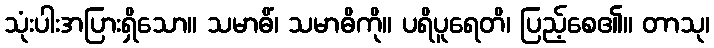
သုံးပါးအပြားရှိသော။ သမာဓိံ၊ သမာဓိကို။ ပရိပူရေတိ၊ ပြည့်စေ၏။ တာသု၊